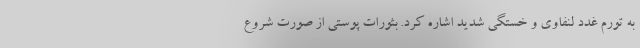
به تورم غدد لنفاوی و خستگی شدید اشاره کرد. بثورات پوستی از صورت شروع